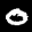
Label: 0